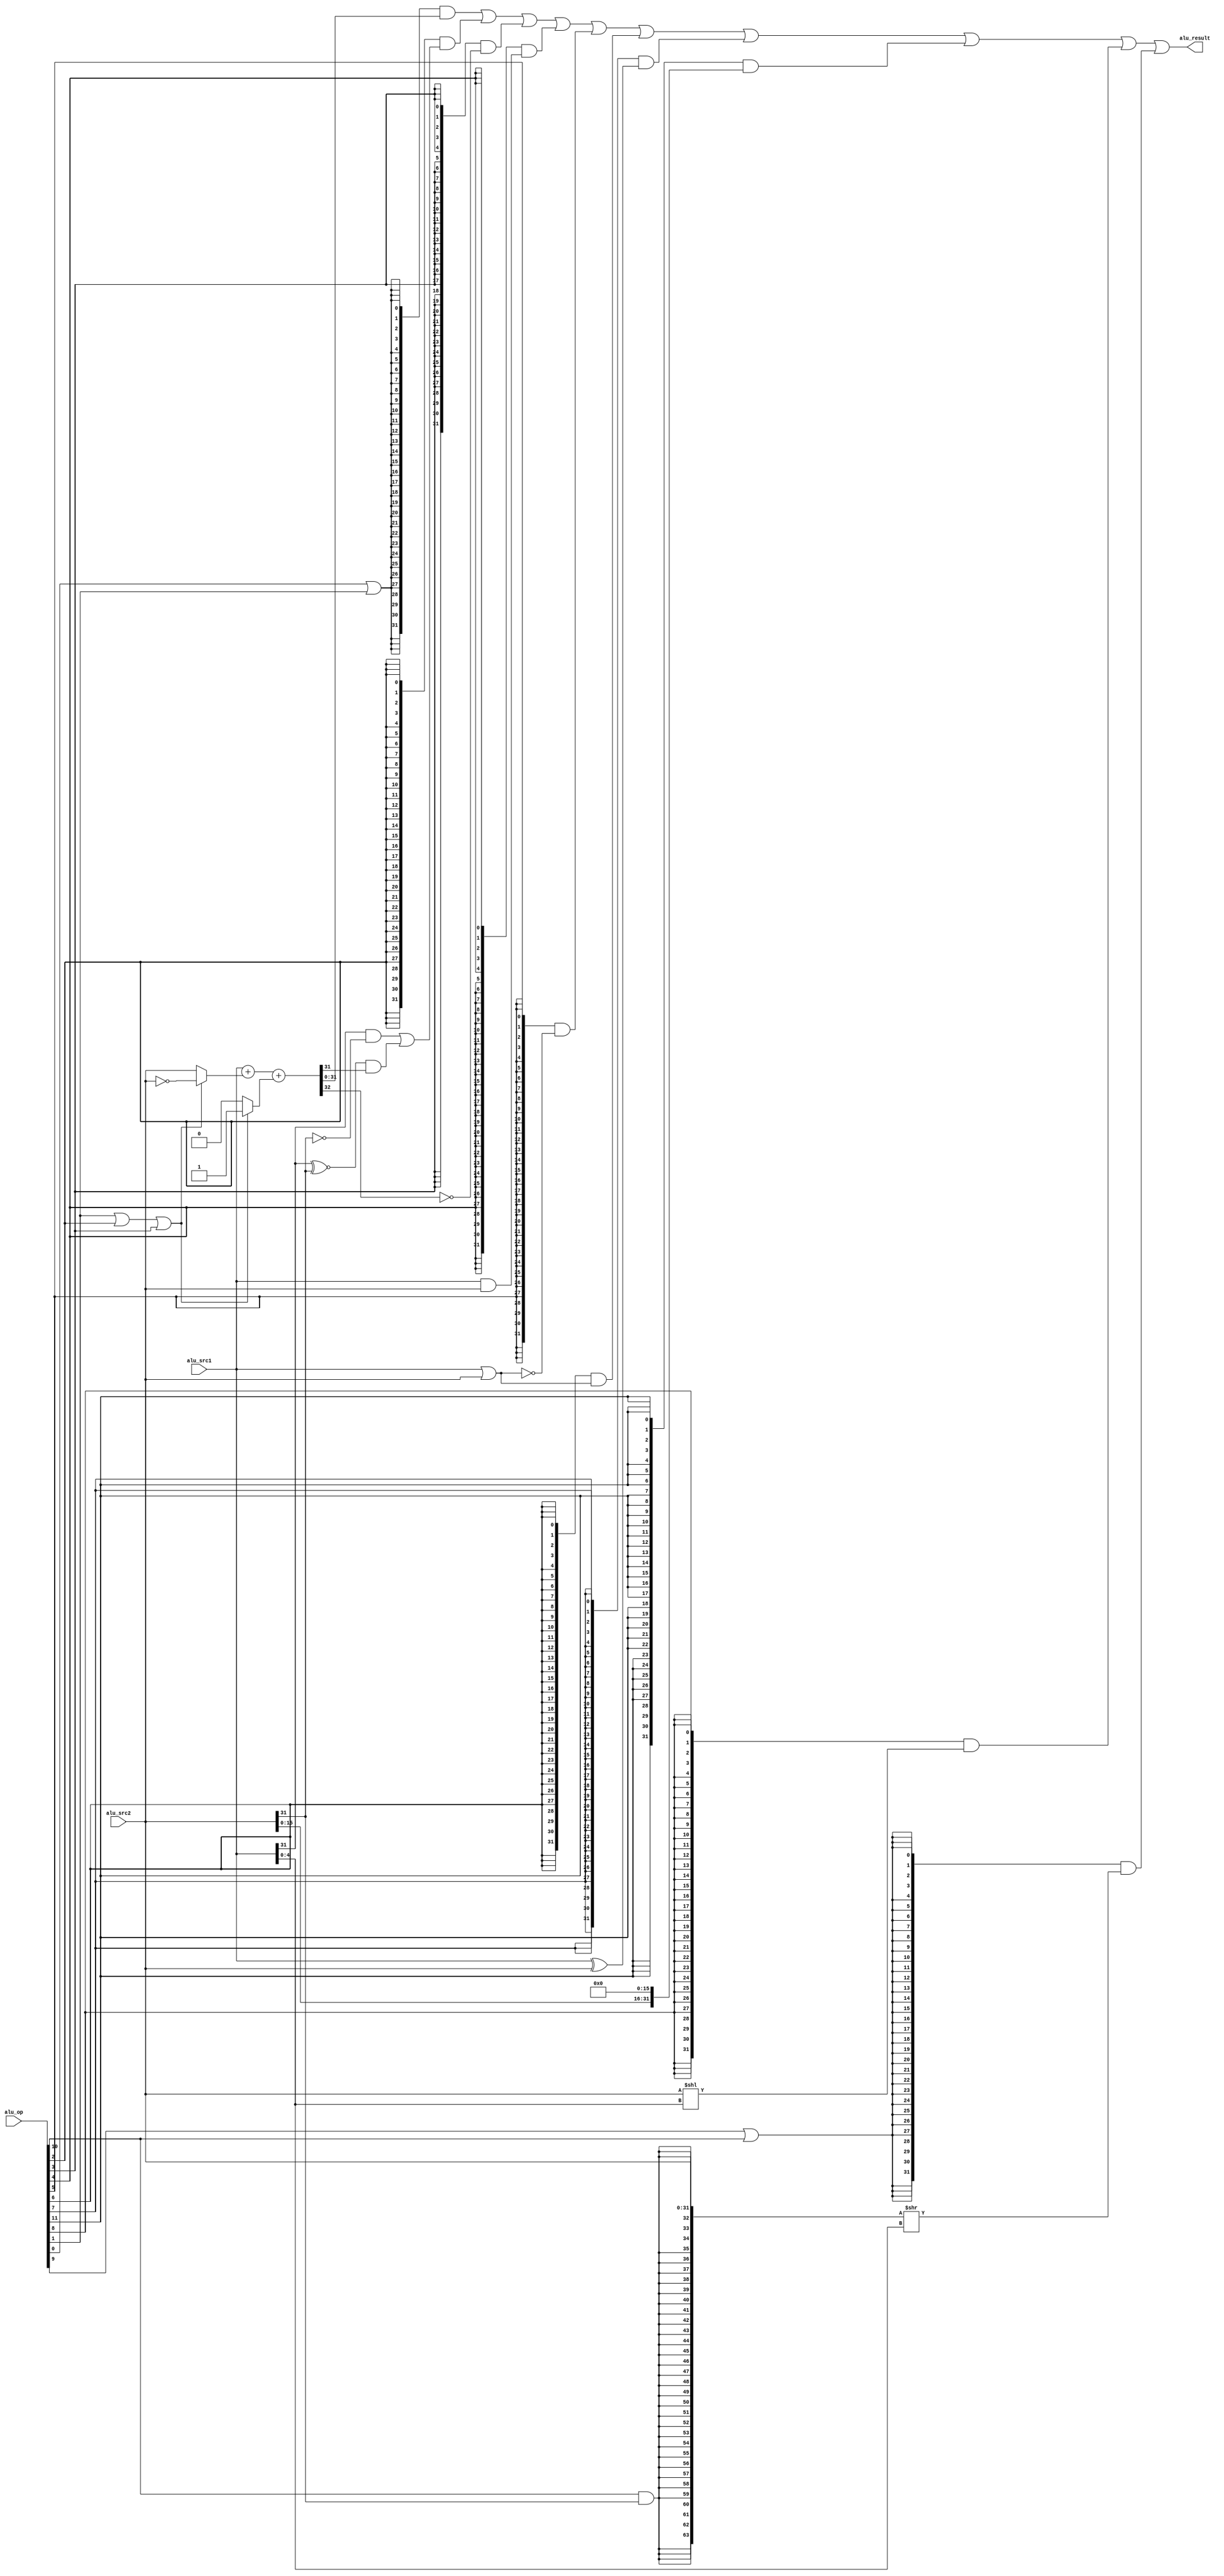
module alu(
  input  [11:0] alu_op,
  input  [31:0] alu_src1,
  input  [31:0] alu_src2,
  output [31:0] alu_result
);

wire op_add;   //
wire op_sub;   //
wire op_slt;   //
wire op_sltu;  //
wire op_and;   //
wire op_nor;   //
wire op_or;    //
wire op_xor;   //
wire op_sll;   //
wire op_srl;   //
wire op_sra;   //
wire op_lui;   //

// control code decomposition
assign op_add  = alu_op[ 0];
assign op_sub  = alu_op[ 1];
assign op_slt  = alu_op[ 2];
assign op_sltu = alu_op[ 3];
assign op_and  = alu_op[ 4];
assign op_nor  = alu_op[ 5];
assign op_or   = alu_op[ 6];
assign op_xor  = alu_op[ 7];
assign op_sll  = alu_op[ 8];
assign op_srl  = alu_op[ 9];
assign op_sra  = alu_op[10];
assign op_lui  = alu_op[11];

wire [31:0] add_sub_result; 
wire [31:0] slt_result; 
wire [31:0] sltu_result;
wire [31:0] and_result;
wire [31:0] nor_result;
wire [31:0] or_result;
wire [31:0] xor_result;
wire [31:0] lui_result;
wire [31:0] sll_result; 
wire [63:0] sr64_result; 
wire [31:0] sr_result; 


// 32-bit adder
wire [31:0] adder_a;
wire [31:0] adder_b;
wire        adder_cin;
wire [31:0] adder_result;
wire        adder_cout;

assign adder_a   = alu_src1;
assign adder_b   = (op_sub | op_slt | op_sltu) ? ~alu_src2 : alu_src2;
assign adder_cin = (op_sub | op_slt | op_sltu) ? 1'b1      : 1'b0;
assign {adder_cout, adder_result} = adder_a + adder_b + adder_cin;

// ADD, SUB result
assign add_sub_result = adder_result;

// SLT result
assign slt_result[31:1] = 31'b0;
assign slt_result[0]    = (alu_src1[31] & ~alu_src2[31])
                        | ((alu_src1[31] ~^ alu_src2[31]) & adder_result[31]);

// SLTU result
assign sltu_result[31:1] = 31'b0;
assign sltu_result[0]    = ~adder_cout;

// bitwise operation
assign and_result = alu_src1 & alu_src2;
assign or_result  = alu_src1 | alu_src2;    //check
assign nor_result = ~or_result;
assign xor_result = alu_src1 ^ alu_src2;
assign lui_result = {alu_src2[15:0], 16'b0};

// SLL result 
assign sll_result = alu_src2 << alu_src1[4:0];

// SRL, SRA result
assign sr64_result = {{32{op_sra & alu_src2[31]}}, alu_src2[31:0]} >> alu_src1[4:0];

assign sr_result   = sr64_result[31:0];   //check

// final result mux
assign alu_result = ({32{op_add|op_sub}} & add_sub_result)
                  | ({32{op_slt       }} & slt_result)
                  | ({32{op_sltu      }} & sltu_result)
                  | ({32{op_and       }} & and_result)
                  | ({32{op_nor       }} & nor_result)
                  | ({32{op_or        }} & or_result)
                  | ({32{op_xor       }} & xor_result)
                  | ({32{op_lui       }} & lui_result)
                  | ({32{op_sll       }} & sll_result)
                  | ({32{op_srl|op_sra}} & sr_result);

endmodule